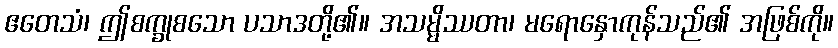
ဧတေသံ၊ ဤစက္ခုစသော ပသာဒတို့၏။ အသမ္မိဿတာ၊ မရောနှောကုန်သည်၏ အဖြစ်ကို။